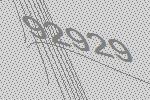
92929